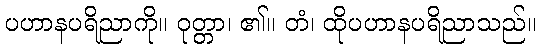
ပဟာနပရိညာကို။ ဝုတ္တာ၊ ၏။ တံ၊ ထိုပဟာနပရိညာသည်။